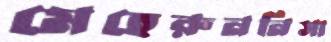
মেহেরুননিসা